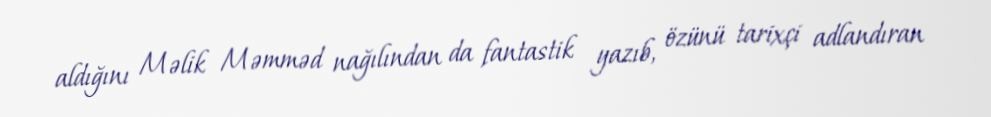
aldığını Məlik Məmməd nağılından da fantastik yazıb, özünü tarixçi adlandıran